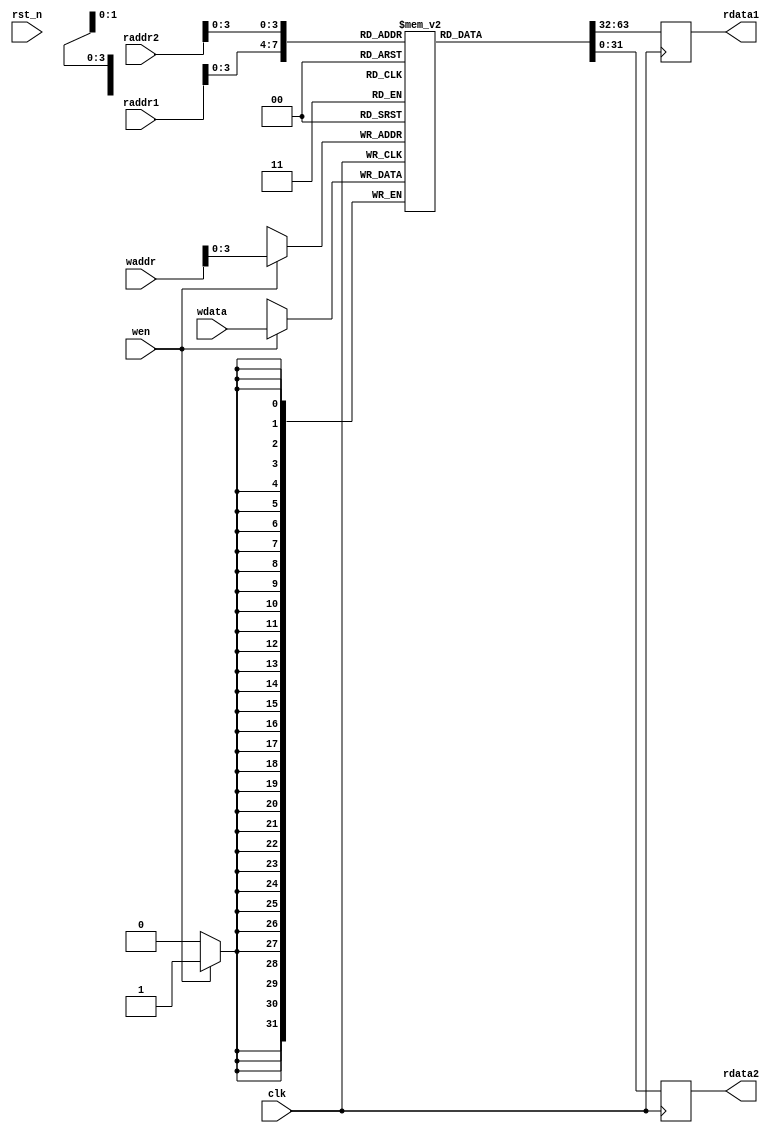
/*****************************************************************************\
|                      Copyright (C) 2021-2022 Luke Wren                      |
|                     SPDX-License-Identifier: Apache-2.0                     |
\*****************************************************************************/

// Register file
// Single write port, dual read port

`default_nettype none

module hazard3_regfile_1w2r #(
	parameter RESET_REGS = 0,	// Unsupported for FAKE_DUALPORT
	parameter N_REGS = 16,
	parameter W_DATA = 32,
	parameter W_ADDR = $clog2(W_DATA)	// should be localparam. ISIM...
) (
	input wire clk,
	input wire rst_n,

	input wire [W_ADDR-1:0] raddr1,
	output reg [W_DATA-1:0] rdata1,

	input wire [W_ADDR-1:0] raddr2,
	output reg [W_DATA-1:0] rdata2,

	input wire [W_ADDR-1:0] waddr,
	input wire [W_DATA-1:0] wdata,
	input wire              wen
);

generate
if (RESET_REGS) begin: real_dualport_reset
	// This will presumably always be implemented with flops
	reg [W_DATA-1:0] mem [0:N_REGS-1];

	integer i;
	always @ (posedge clk or negedge rst_n) begin
		if (!rst_n) begin
			for (i = 0; i < N_REGS; i = i + 1) begin
				mem[i] <= {W_DATA{1'b0}};
			end
			rdata1 <= {W_DATA{1'b0}};
			rdata2 <= {W_DATA{1'b0}};
		end else begin
			if (wen) begin
				mem[waddr] <= wdata;
			end
			rdata1 <= mem[raddr1];
			rdata2 <= mem[raddr2];
		end
	end
end else begin: real_dualport_noreset
	// This should be inference-compatible on FPGAs with dual-port BRAMs
	`ifdef YOSYS
	`ifdef FPGA_ICE40
	// We do not require write-to-read bypass logic on the BRAM
	(* no_rw_check *)
	`endif
	`endif
	reg [W_DATA-1:0] mem [0:N_REGS-1];

	always @ (posedge clk) begin
		if (wen) begin
			mem[waddr] <= wdata;
		end
		rdata1 <= mem[raddr1];
		rdata2 <= mem[raddr2];
	end
end
endgenerate

endmodule

`ifndef YOSYS
`default_nettype wire
`endif